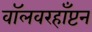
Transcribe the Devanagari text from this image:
वॉलवरहाँप्टन